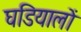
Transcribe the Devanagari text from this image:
घडियालों